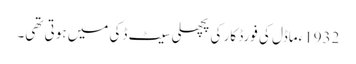
1932ءماڈل کی فورڈ کار کی پچھلی سیٹ ڈکی میں ہوتی تھی۔